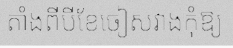
តាំងពីបីខែចៀសវាងកុំឱ្យ